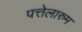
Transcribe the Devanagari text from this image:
पत्तेलारुम